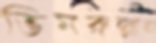
ভিমরুল্লায়